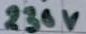
Text: 230V